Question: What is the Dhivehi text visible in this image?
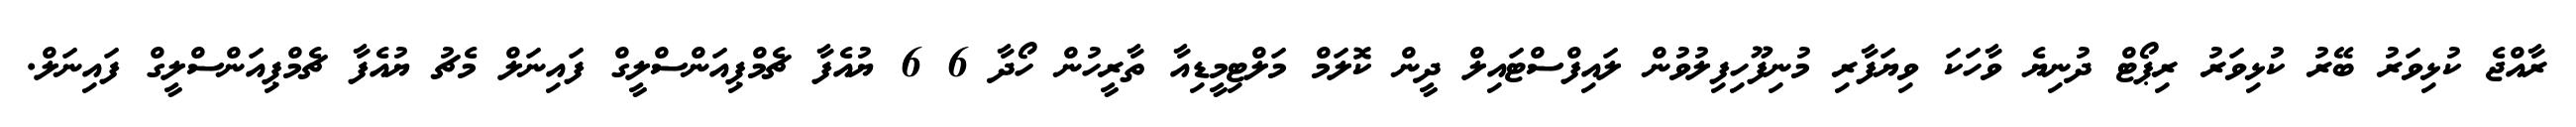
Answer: ރާއްޖެ ކުޅިވަރު ބޭރު ކުޅިވަރު ރިޕޯޓް ދުނިޔެ ވާހަކަ ވިޔަފާރި މުނިފޫހިފިލުވުން ލައިފްސްޓައިލް ދީން ކޮލަމް މަލްޓިމީޑިއާ ތާރީހުން ހޯދާ 6 6 ޔުއެފާ ޗެމްޕިއަންސްލީގް ފައިނަލް މެޗު ޔުއެފާ ޗެމްޕިއަންސްލީގް ފައިނަލް.